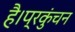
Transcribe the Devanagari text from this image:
है।प्रकुंचन